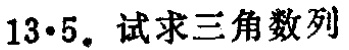
$13\cdot5.$ 试求三角数列